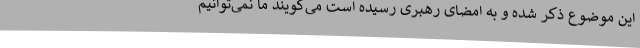
این موضوع ذکر شده و به امضای رهبری رسیده است می‌گویند ما نمی‌توانیم